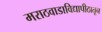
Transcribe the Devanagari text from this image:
मराठवाडाविद्यापीठातून